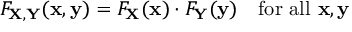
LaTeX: F _ { \mathbf { X , Y } } ( \mathbf { x , y } ) = F _ { \mathbf { X } } ( \mathbf { x } ) \cdot F _ { \mathbf { Y } } ( \mathbf { y } ) \quad { \mathrm { f o r ~ a l l ~ } } \mathbf { x } , \mathbf { y }